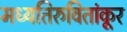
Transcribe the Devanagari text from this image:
मध्यतिरुवितांकूर